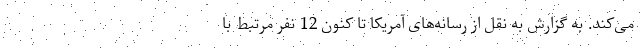
می‌کند. به گزارش به نقل از رسانه‌های آمریکا تا کنون 12 نفر مرتبط با